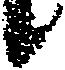
候